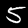
Digit: 5